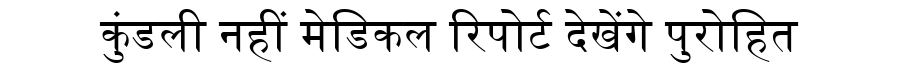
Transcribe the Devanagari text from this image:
कुंडली नहीं मेडिकल रिपोर्ट देखेंगे पुरोहित